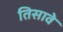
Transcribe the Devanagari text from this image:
तिसावे